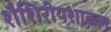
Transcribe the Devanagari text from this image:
शैशिरीयशाकल